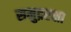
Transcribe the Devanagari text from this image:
समुद्ररक्षा